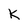
Character: K